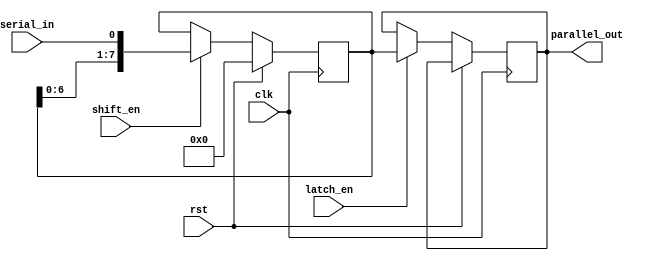
module serial_in_parallel_out(
    input clk,
    input rst,
    input serial_in,
    input shift_en,
    input latch_en,
    output reg [7:0] parallel_out
);

reg [7:0] data_reg;

always @(posedge clk) begin
    if (rst) begin
        data_reg <= 8'b00000000;
    end else begin
        if (shift_en) begin
            data_reg <= {data_reg[6:0], serial_in};
        end
        if (latch_en) begin
            parallel_out <= data_reg;
        end
    end
end

endmodule